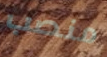
منصب